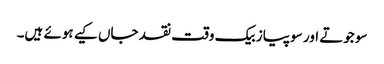
سو جوتے اور سو پیاز بیک وقت نقد جاں کیے ہوئے ہیں۔